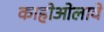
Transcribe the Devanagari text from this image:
काहोओलावे